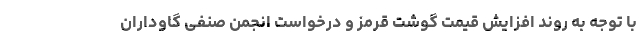
با توجه به روند افزایش قیمت گوشت قرمز و درخواست انجمن صنفی گاوداران